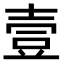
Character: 壹